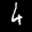
Label: 6